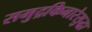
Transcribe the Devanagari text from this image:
समुद्रकिनारेसुद्धा